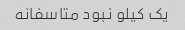
یک کیلو نبود متاسفانه